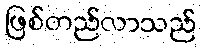
ဖြစ်တည်လာသည်